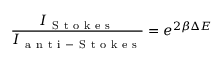
\frac { I _ { \mathrm { ~ S ~ t ~ o ~ k ~ e ~ s ~ } } } { I _ { \mathrm { ~ a ~ n ~ t ~ i ~ - ~ S ~ t ~ o ~ k ~ e ~ s ~ } } } = e ^ { 2 \beta \Delta E }